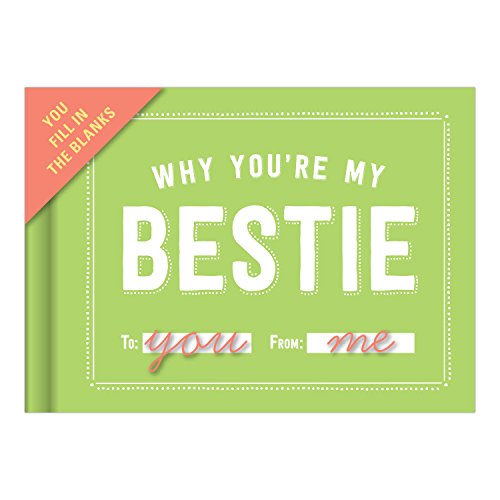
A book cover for Knock Knock Why You're My Bestie Fill-In-The-Blank Journal; Knock Knock; Self-Help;